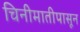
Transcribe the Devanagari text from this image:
चिनीमातीपासून